342_HS1-416511228_319.1 Flying Discs 1949
Agency: Department of War
Incident date: 1/9/50
Page 27
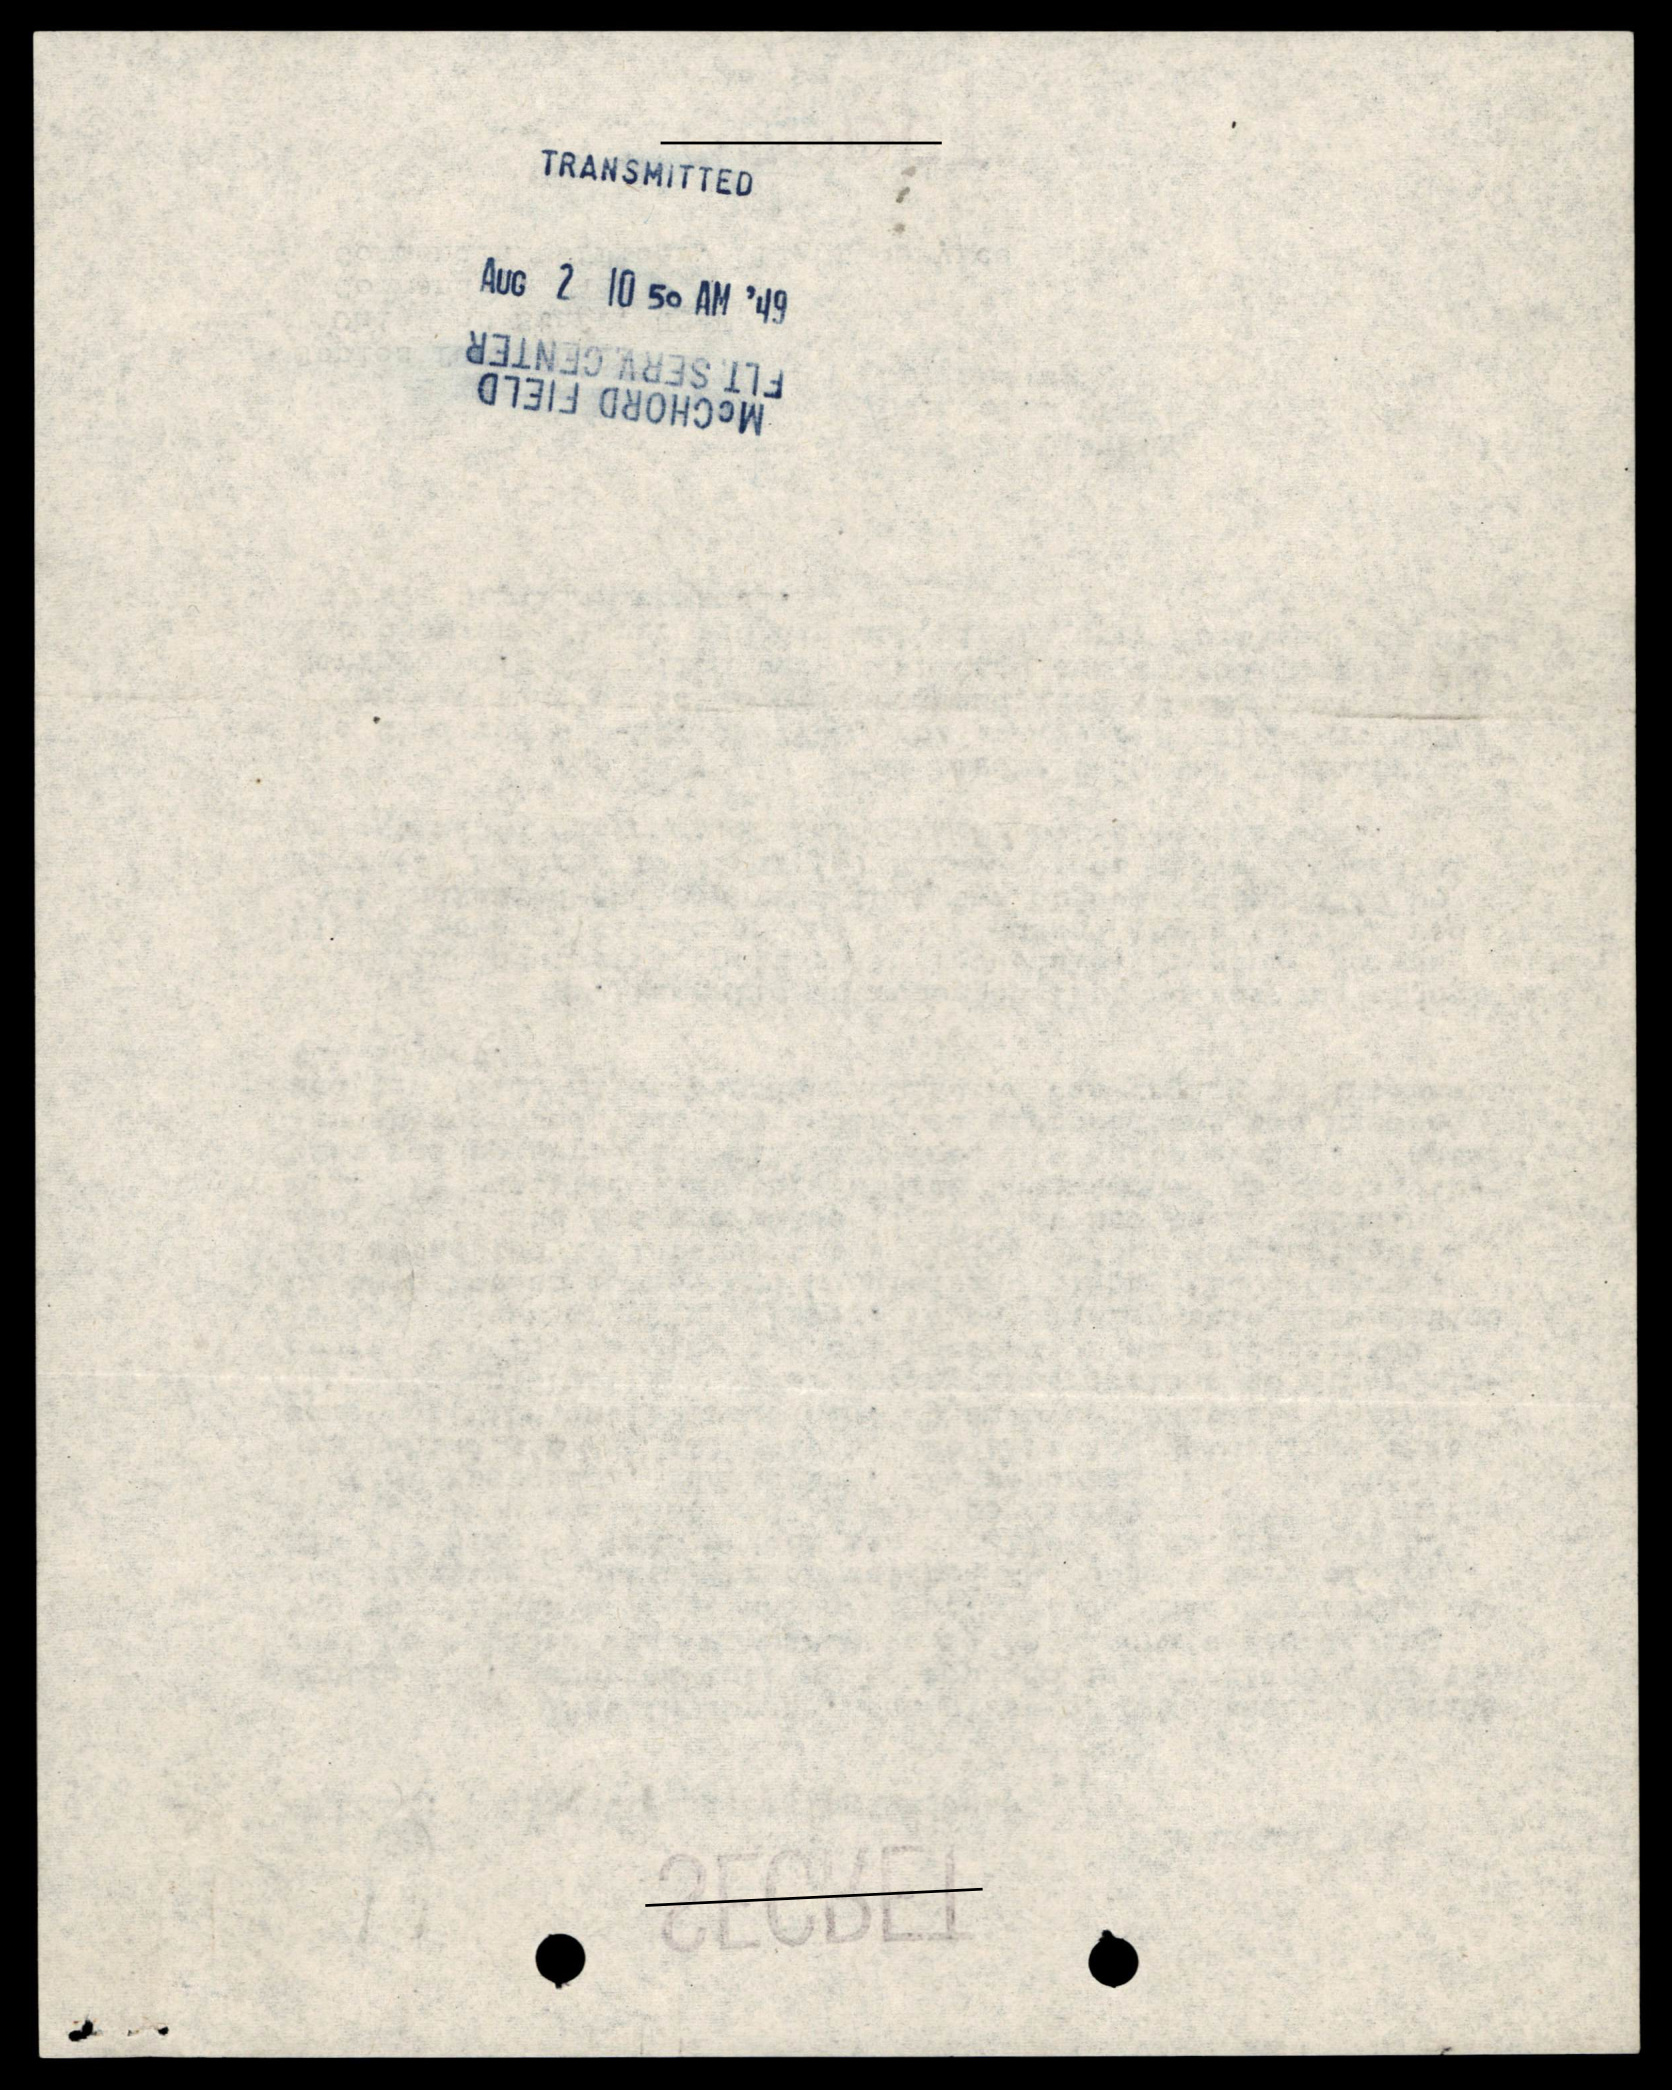